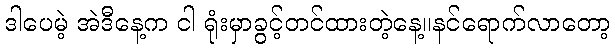
ဒါပေမဲ့ အဲဒီနေ့က ငါ ရုံးမှာခွင့်တင်ထားတဲ့နေ့။နင်ရောက်လာတော့